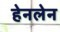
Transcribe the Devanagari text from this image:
हेनलेन